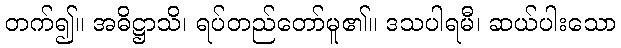
တက်၍။ အဓိဋ္ဌာသိ၊ ရပ်တည်တော်မူ၏။ ဒသပါရမီ၊ ဆယ်ပါးသော